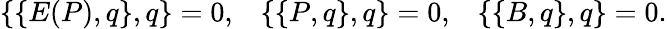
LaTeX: \{ \{ E(P),q\} ,q\} =0,\; \; \; \{ \{ P,q\} ,q\} =0,\; \; \; \{ \{ B,q\} ,q\} =0.